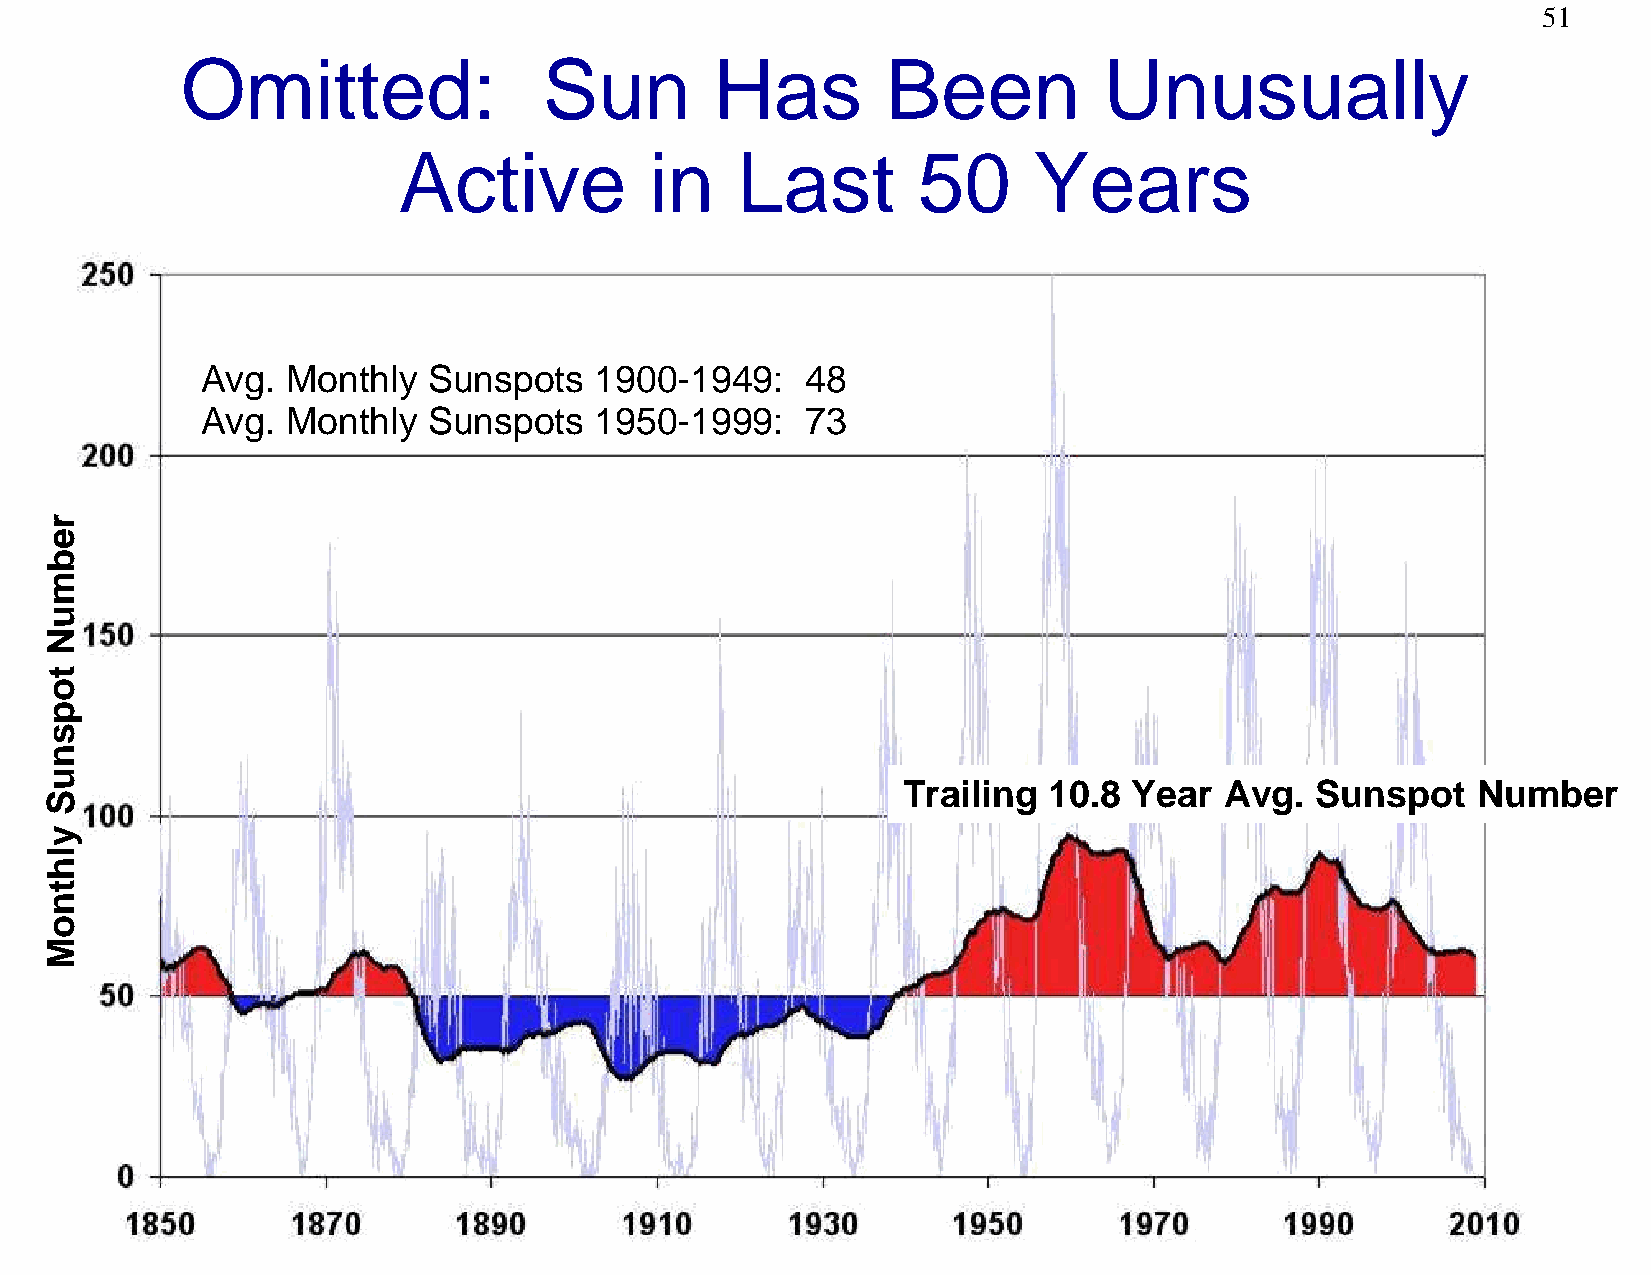
51
 Omitted:                Sun        Has         Been          Unusually
 Active           in    Last        50     Years
 Avg.  Monthly  Sunspots   1900-1949:    48
 Avg.  Monthly  Sunspots   1950-1999:    73
 Trailing 10.8  Year  Avg.  Sunspot    Number
 rebmuN
 topsnuS
 ylhtnoM